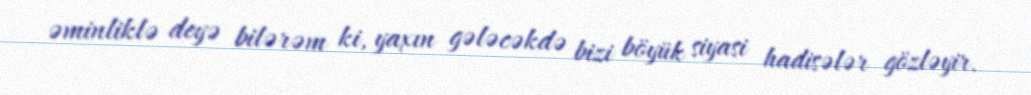
əminliklə deyə bilərəm ki, yaxın gələcəkdə bizi böyük siyasi hadisələr gözləyir.